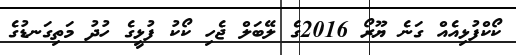
ކޯކްފުޅިއެއް ގަނެ ޔޫރޯ 2016ގެ ލޭބަލް ޖެހި ކޯކު ފުޅީގެ ހުދު މަތިގަނޑުގެ